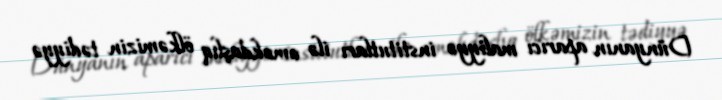
Dünyanın aparıcı maliyyə institutları ilə əməkdaşlıq ölkəmizin tədiyyə